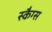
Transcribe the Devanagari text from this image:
स्कैग्स